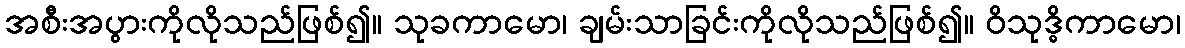
အစီးအပွားကိုလိုသည်ဖြစ်၍။ သုခကာမော၊ ချမ်းသာခြင်းကိုလိုသည်ဖြစ်၍။ ဝိသုဒ္ဓိကာမော၊